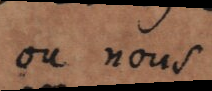
ou nous